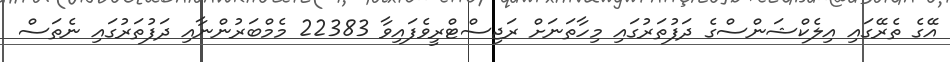
އޭގެ ތެރޭގައި އިލެކްޝަންސްގެ ދަފުތަރުގައި މިހާތަނަށް ރަޖިސްޓްރީވެފައިވާ 22383 މެމްބަރުންނާއި ދަފުތަރުގައި ނެތަސް